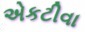
એકટીવા